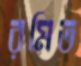
রমিত